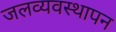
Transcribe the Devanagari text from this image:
जलव्यवस्थापन